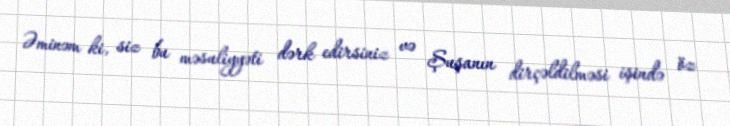
Əminəm ki, siz bu məsuliyyəti dərk edirsiniz və Şuşanın dirçəldilməsi işində öz